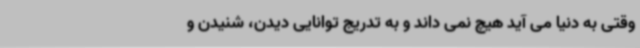
وقتی به دنیا می آید هیچ نمی داند و به تدریج توانایی دیدن، شنیدن و